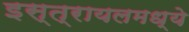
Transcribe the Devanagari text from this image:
इस्त्रायलमध्ये